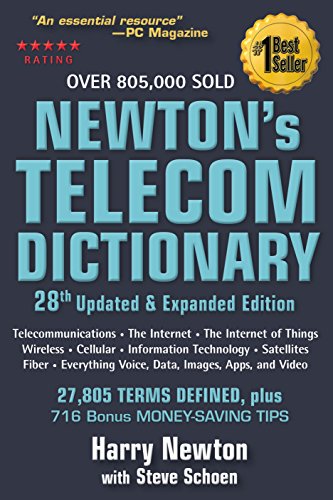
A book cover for Newton's Telecom Dictionary: covering Telecommunications, The Internet, The Cloud, Cellular, The Internet of Things, Security, Wireless, Satellites, ... Voice, Data, Images, Apps and Video; Harry Newton; Engineering & Transportation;